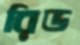
রিড